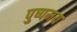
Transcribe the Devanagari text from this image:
पुष्पमय